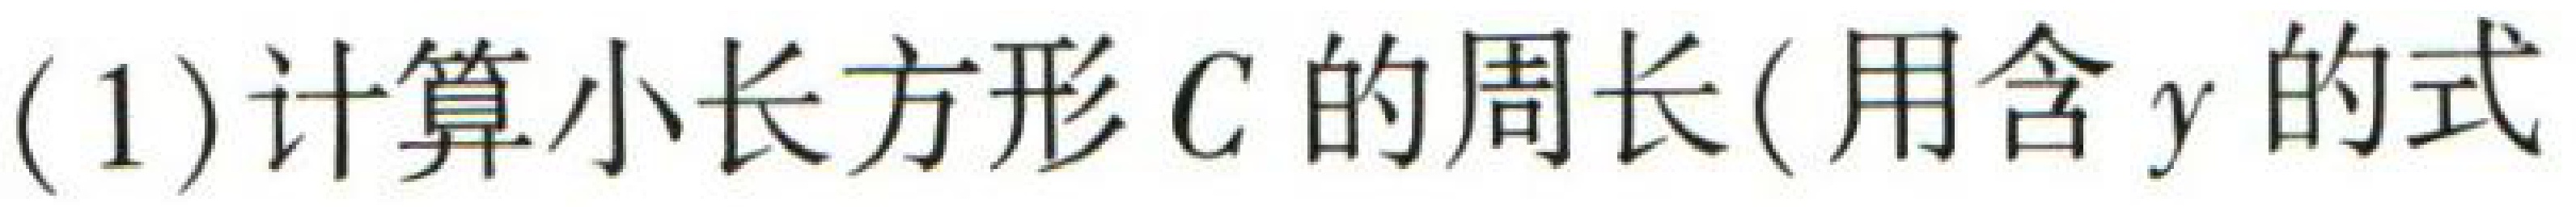
(1)计算小长方形\(C\)的周长(用含\(y\)的式